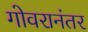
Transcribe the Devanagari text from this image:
गोवरानंतर